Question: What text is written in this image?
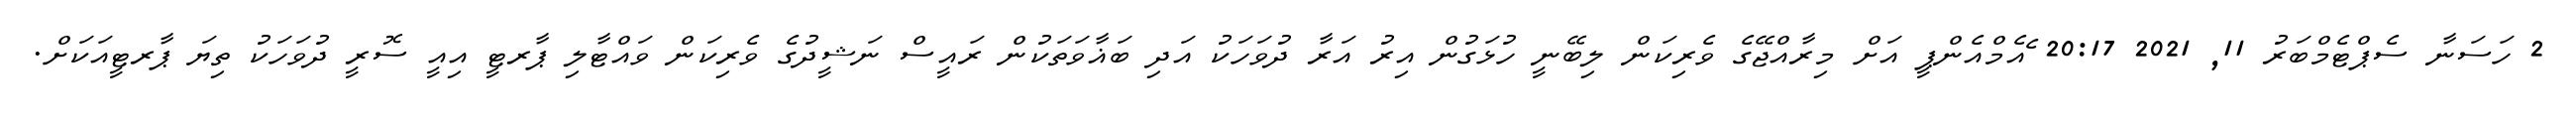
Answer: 2 ހަސަނާ ސެޕްޓެމްބަރު 11, 2021 20:17 ެއެމްއެންޕީ އަށް މިރާއްޖޭގެ ވެރިކަން ލިބޭނީ ހުޅަގުން އިރު އަރާ ދުވަހަކު އަދި ބަޣާވަތަކުން ރައީސް ނަޝީދުގެ ވެރިކަން ވައްޓާލި ޕާރޓީ އިއީ ސޮރީ ދުވަހަކު ތިޔަ ޕާރޓީއަކަށް.